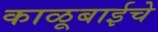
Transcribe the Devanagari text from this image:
काळूबाईचे